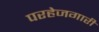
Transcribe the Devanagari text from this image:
परहेजगारी